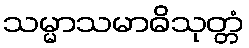
သမ္မာသမာဓိသုတ္တံ